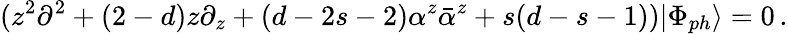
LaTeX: (z^{2}\partial^{2}+(2-d)z\partial_{z}+(d-2s-2)\alpha^{z}\bar{\alpha}^{z}+s(d-s-1))|\Phi_{ph}\rangle=0\, .